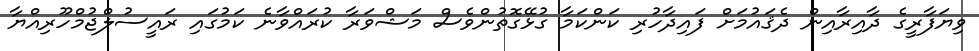
ވިޔަފާރީގެ ދާއިރާއިން ދެޤައުމަށް ފައިދާހުރި ކަންކަމާ ގުޅޭގޮތުންވެސް މަޝްވަރާ ކުރައްވާނެ ކަމުގައި ރައީސުލްޖުމްހޫރިއްޔާ